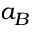
a _ { B }